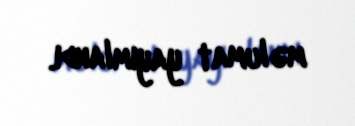
məlumat yayımlandı.